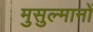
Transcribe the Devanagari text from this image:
मुसुल्मानों